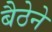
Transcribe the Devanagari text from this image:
बैठेने